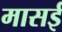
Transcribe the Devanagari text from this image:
मासई